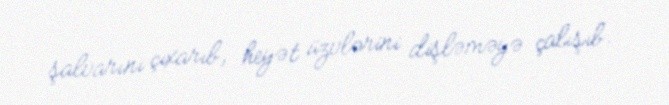
şalvarını çıxarıb, heyət üzvlərini dişləməyə çalışıb.